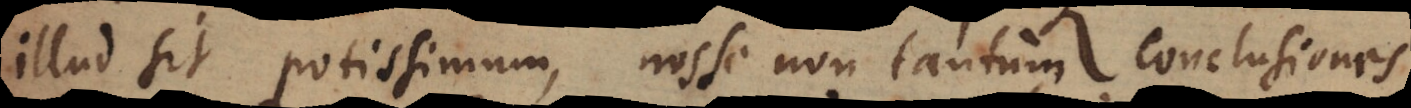
illud sit potissimum, nosse non tantum conclusiones